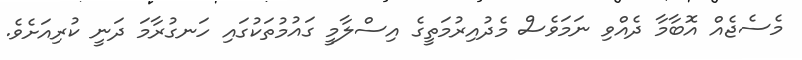
މެސެޖެއް އޮބާމާ ދެއްވި ނަމަވެސް މެދުއިރުމަތީގެ އިސްލާމީ ގައުމުތަކުގައި ހަނގުރާމަ ދަނީ ކުރިއަށެެވެ.